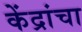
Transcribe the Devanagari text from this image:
केंद्रांचा